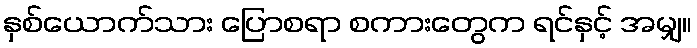
နှစ်ယောက်သား ပြောစရာ စကားတွေက ရင်နှင့် အမျှ။